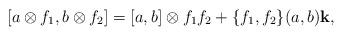
LaTeX: \begin{align*}[a \otimes f_1, b \otimes f_2] = [a, b]\otimes f_1f_2 + \{f_1, f_2\}(a,b){\bf k},\end{align*}